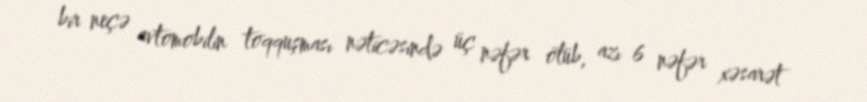
bir neçə avtomobilin toqquşması nəticəsində üç nəfər ölüb, azı 6 nəfər xəsarət